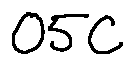
0 5 C